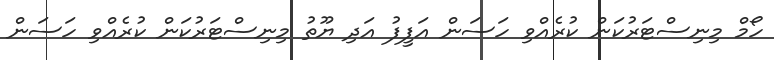
ހޯމް މިނިސްޓަރުކަން ކުރެއްވި ހަސަން އަފީފު އަދި ޔޫތު މިނިސްޓަރުކަން ކުރެއްވި ހަސަން